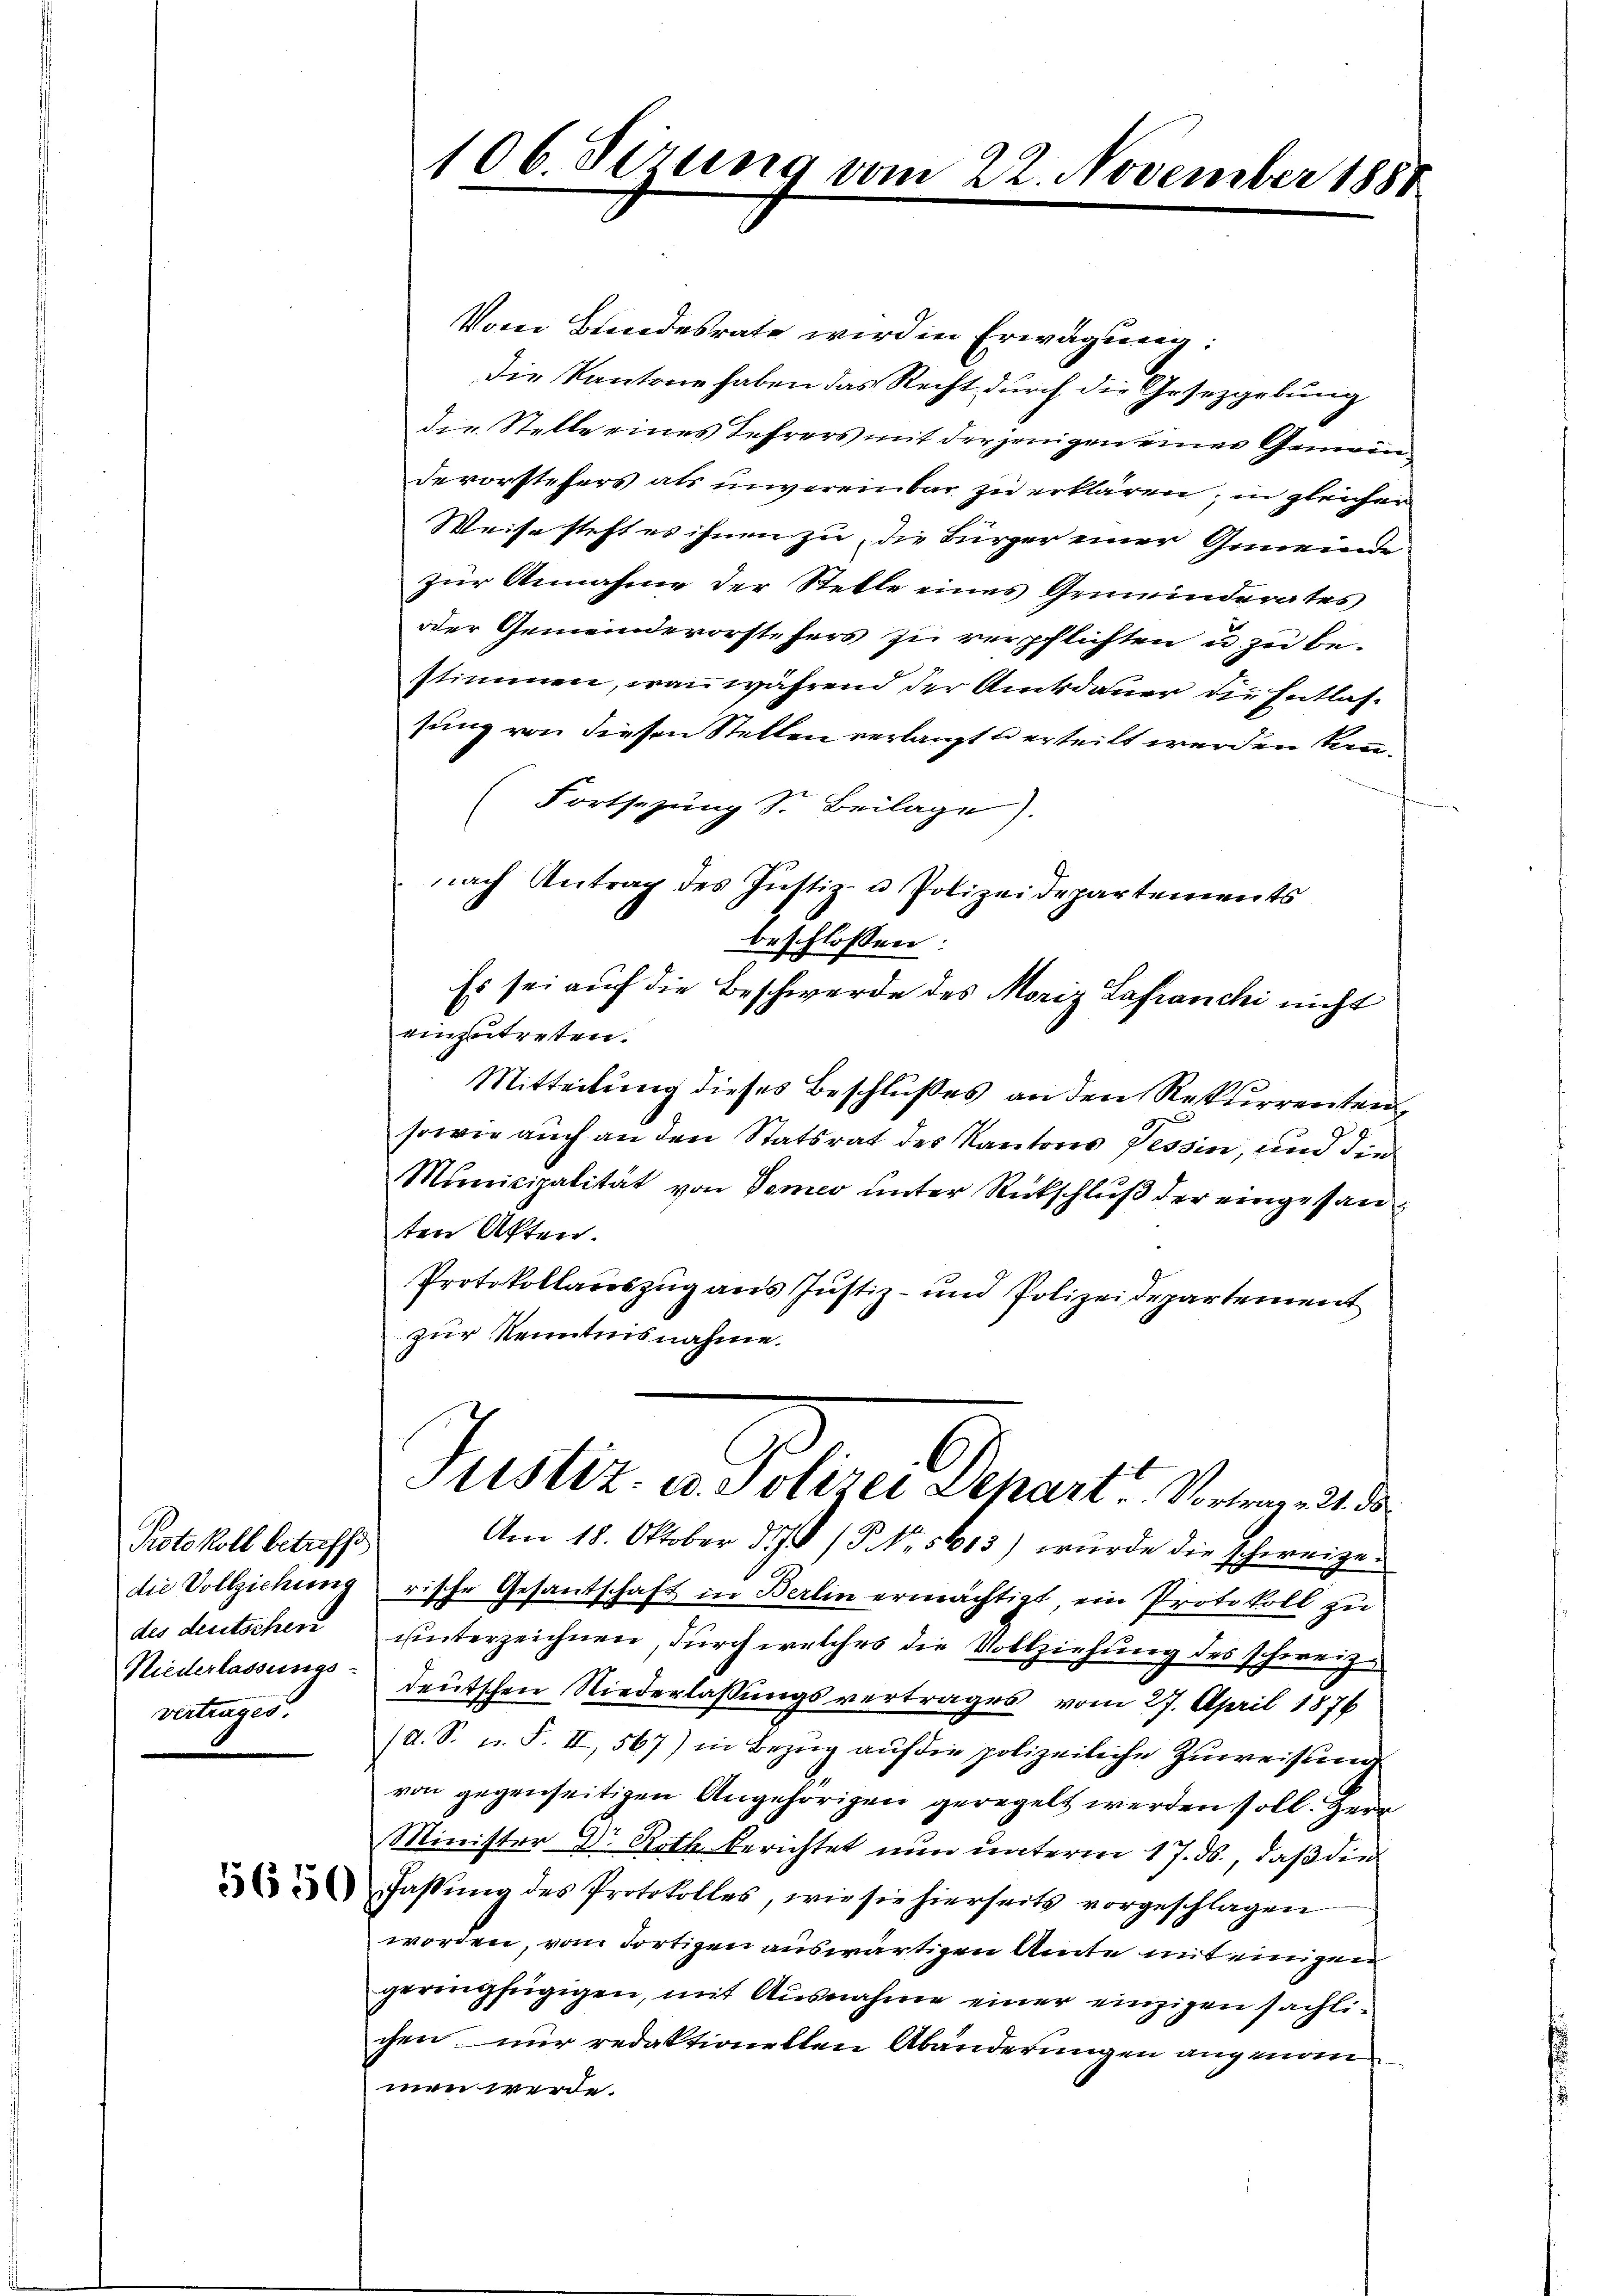
Protokoll betreffe
des deutschen
Niederlassungs-
vertrages.

5650

106. Sizung vom

Vom Bundesrate wird in Erwägung:
die Kantone haben das Recht durch die Gesetzgebung
die Stelle eines Lehrers mit derjenigen einer Gemeindevorstehers als unvereinbar zu erklären; in gleicher
Weise steht es ihnen zu, die Bürger einer Gemeinde
zur Annahme der Stelle eines Gemeinderates
oder Gemeindevorstehers zu verpflichten u. zu bestimmen, was während der Amtsdauer die Entlassung von diesen Stellen verlangt u erteilt werden kann.
Fortsezung Sr. Beilage).
nach Antrag des Justiz- u Polizeidepartements
beschlossen:
Es sei auf die Beschwerde des Moriz Lafranchi nicht
einzutreten.
Mitteilung dieses Beschlußes an den Rekurrenten
sowie auch an den Statsrat des Kantons Tessin, und der
Municipalität von Semes unter Rückschluß der eingesanten Akten.
Protokollauszug aus Justiz- und Polizeidepartement
zur Kenntnisnahme.
Justiz- u. Polizei Depart. Vortrag. 21. da
Am 18. Oktober d.J. / NNo. 5613) wurde die schweize
die Vollziehung rische Gesantschaft in Berlin ermächtigt, ein Protokoll zu
unterzeichnen, durch welches die Vollziehung des schweize
deutschen Niederlassungsvertrages vom 27. April 1876
/d. S. n. F. II, 567) in Bezug auf die polizeiliche Zuweisung
von gegenseitigen Angehörigen geregelt werden soll. Herr
Minister Dr Roth berichtet nun unterm 17. ds., daß die
Fassung des Protokolles, wie sie hierseits vorgeschlagen
worden, vom dortigen auswärtigen Amte mit einigen
geringfügigen, mit Ausnahme einer einzigen sächlichen nur redaktionellen Abänderungen angenomm
men werde.

22. November 1881